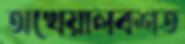
অখেয়ালবশত